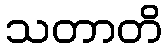
သတာတိ